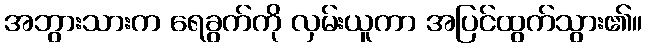
အဘွားသားက ရေခွက်ကို လှမ်းယူကာ အပြင်ထွက်သွား၏။